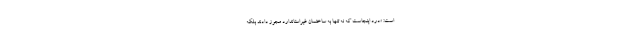
است: «درد اینجاست که نه تنها به ساختمان غیراستاندارد مجوز دادند بلکه